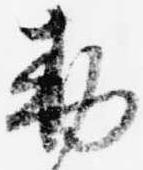
勅